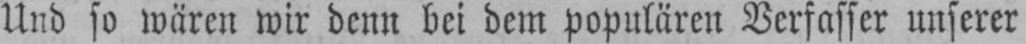
Und so wären wir denn bei dem populären Verfasser unserer